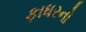
ફાધરનો